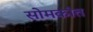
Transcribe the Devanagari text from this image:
सोमकांत